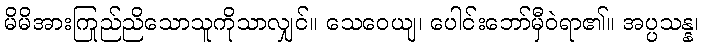
မိမိအားကြည်ညိုသောသူကိုသာလျှင်။ သေဝေယျ၊ ပေါင်းဘော်မှီဝဲရာ၏။ အပ္ပသန္န၊